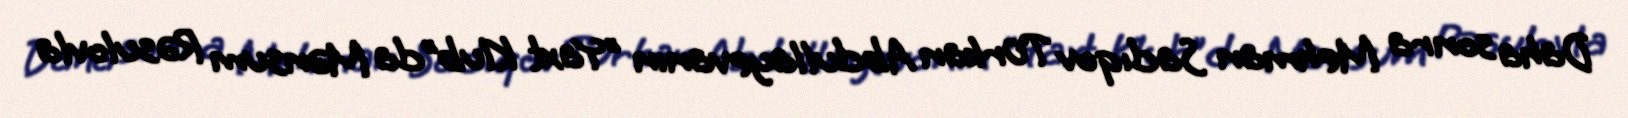
Daha sonra Mehman Sadıqov Türkan Abdullayevanın "Yaxt Klub”da Mənsum Rəsulovla